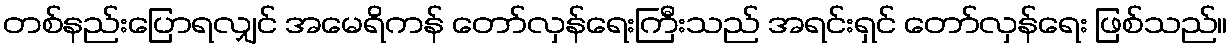
တစ်နည်းပြောရလျှင် အမေရိကန် တော်လှန်ရေးကြီးသည် အရင်းရှင် တော်လှန်ရေး ဖြစ်သည်။